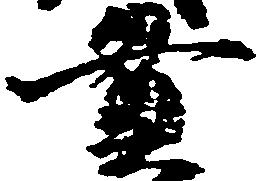
貫